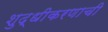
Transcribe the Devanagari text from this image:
शुद्धीकरणाची